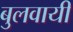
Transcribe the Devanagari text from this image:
बुलवायी